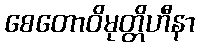
စေတောဝိမုတ္တိဟီနာ